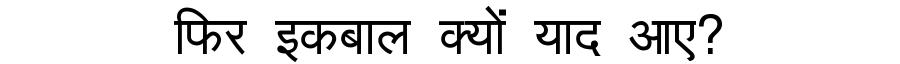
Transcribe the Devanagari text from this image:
फिर इकबाल क्यों याद आए?